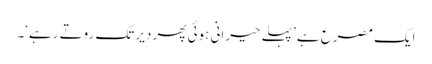
ایک مصرع ہے ’پہلے حیرانی ہوئی پھر دیر تک روتے رہے‘۔